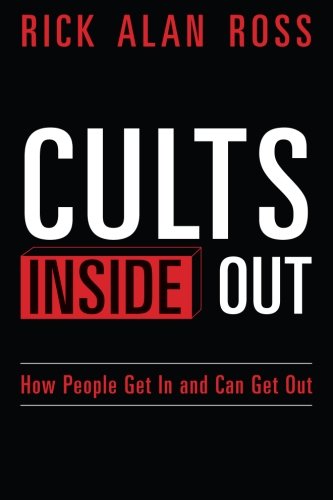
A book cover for Cults Inside Out: How People Get In and Can Get Out; Rick Alan Ross; Religion & Spirituality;